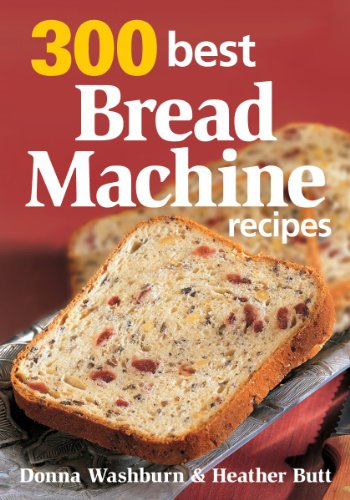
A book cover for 300 Best Bread Machine Recipes; Donna Washburn; Cookbooks, Food & Wine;